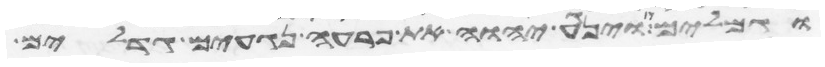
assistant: וגמלים וינגע יהוה את פרעה נגעים גדלים